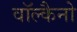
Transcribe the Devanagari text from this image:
वॉल्कैनो